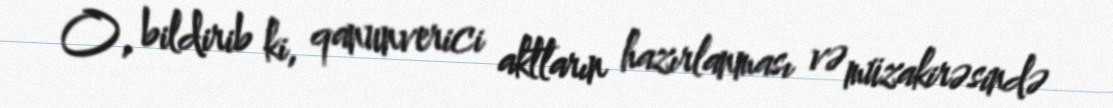
O, bildirib ki, qanunverici aktların hazırlanması və müzakirəsində